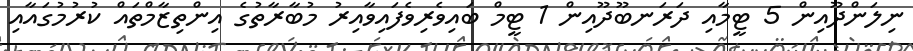
ނިލަންދޫއިން 5 ޓީމާއި ދަރަނބޫދޫއިން 1 ޓީމް ބައިވެރިވެފައިވާއިރު މުބާރާތުގެ އިންތިޒާމްތައް ކުރުމުގައާއި